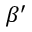
\beta ^ { \prime }